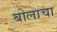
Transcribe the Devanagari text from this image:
बोलाचा